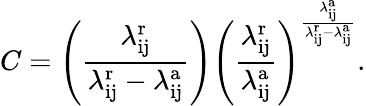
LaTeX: C=\left(\frac{\lambda_{\mathrm{ij}}^{\mathrm{r}}}{\lambda_{\mathrm{ij}}^{\mathrm{r}}-\lambda_{\mathrm{ij}}^{\mathrm{a}}}\right){\left(\frac{\lambda_{\mathrm{ij}}^{\mathrm{r}}}{\lambda_{\mathrm{ij}}^{\mathrm{a}}}\right)}^{\frac{\lambda_{\mathrm{ij}}^{\mathrm{a}}}{\lambda_{\mathrm{ij}}^{\mathrm{r}}-\lambda_{\mathrm{ij}}^{\mathrm{a}}}}.